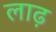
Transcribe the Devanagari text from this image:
लाढ़